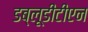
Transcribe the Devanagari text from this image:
डब्लूडीटीएन